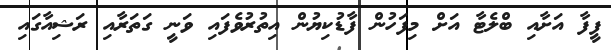
ފީފާ އަށާއި ބްލެޓާ އަށް މިފަހުން ފާޑުކިޔުން އިތުރުވެފައި ވަނީ ގަތަރާއި ރަޝިއާގައި